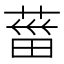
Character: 葘